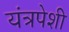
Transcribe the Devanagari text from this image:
यंत्रपेशी